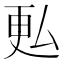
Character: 𫨨